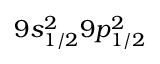
9 s _ { 1 / 2 } ^ { 2 } 9 p _ { 1 / 2 } ^ { 2 }